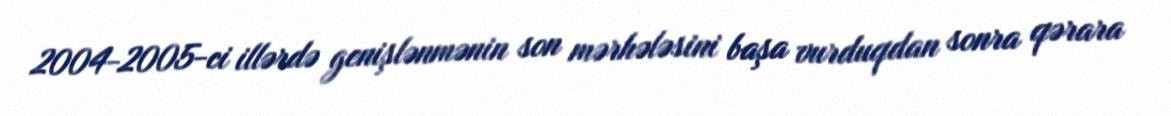
2004-2005-ci illərdə genişlənmənin son mərhələsini başa vurduqdan sonra qərara